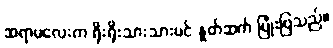
ဆရာမလေးက ရိုးရိုးသားသားပင် နှုတ်ဆက် ပြုံးပြသည်။